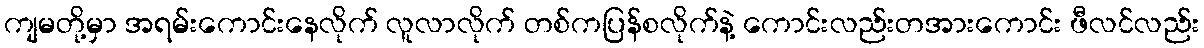
ကျမတို့မှာ အရမ်းကောင်းနေလိုက် လူလာလိုက် တစ်ကပြန်စလိုက်နဲ့ ကောင်းလည်းတအားကောင်း ဖီလင်လည်း